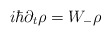
\begin{align*}i\hbar\partial_t \rho = W_- \rho \end{align*}